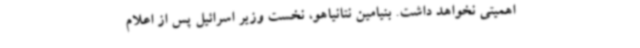
اهمیتی نخواهد داشت. بنیامین نتانیاهو، نخست وزیر اسرائیل پس از اعلام